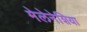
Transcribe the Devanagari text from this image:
मेलेनेशिया